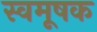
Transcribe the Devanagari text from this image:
स्वमूषक